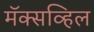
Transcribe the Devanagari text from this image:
मॅक्सव्हिल